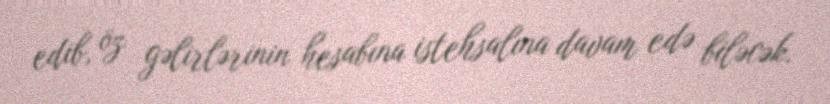
edib, öz gəlirlərinin hesabına istehsalına davam edə biləcək.